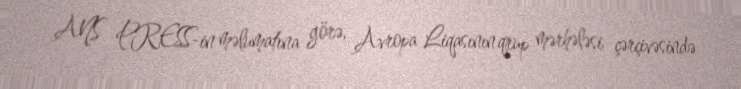
ANS PRESS-in məlumatına görə, Avropa Liqasının qrup mərhələsi çərçivəsində